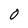
Character: O